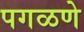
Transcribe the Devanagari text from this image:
पगळणे